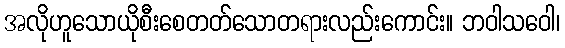
အလိုဟူသောယိုစီးစေတတ်သောတရားလည်းကောင်း။ ဘဝါသဝေါ၊